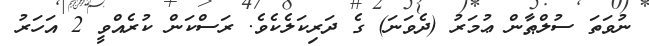
ނުވަތަ ސުލްޠާން ޢުމަރު (ދެވަނަ) ގެ ދަރިކަލެކެވެ. ރަސްކަން ކުރެއްވީ 2 އަހަރު